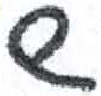
אות: ש